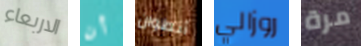
الاربعاء أن أنطوان روزالي مرة